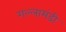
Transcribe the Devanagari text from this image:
गल्लामंडी